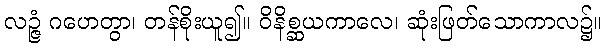
လဉ္ဇံ ဂဟေတွာ၊ တန်စိုးယူ၍။ ဝိနိစ္ဆယကာလေ၊ ဆုံးဖြတ်သောကာလ၌။